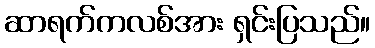
ဆာရက်ကလစ်အား ရှင်းပြသည်။